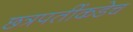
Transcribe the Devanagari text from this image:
छत्रपतींकडेच